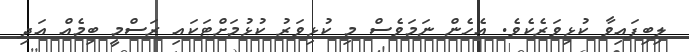
ލިބިފައިވާ ކުޅިވަރެކެވެ. އެހެން ނަމަވެސް މި ކުޅިވަރު ކުޅުމަށްޓަކައި ރަސްމީ ބިމެއް އަދި